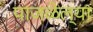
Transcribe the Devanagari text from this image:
पाजळेल्या